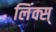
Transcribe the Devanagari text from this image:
लिंक्स्